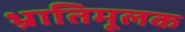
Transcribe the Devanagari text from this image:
भ्रातिमूलक